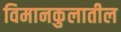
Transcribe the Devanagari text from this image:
विमानकुलातील